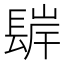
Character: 𨲊